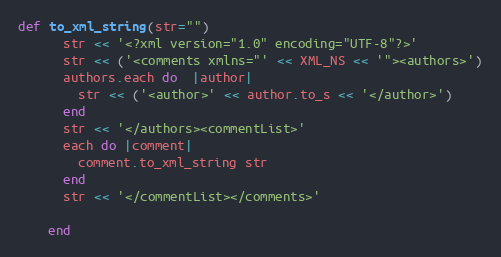
Language: Ruby
def to_xml_string(str="")
      str << '<?xml version="1.0" encoding="UTF-8"?>'
      str << ('<comments xmlns="' << XML_NS << '"><authors>')
      authors.each do  |author|
        str << ('<author>' << author.to_s << '</author>')
      end
      str << '</authors><commentList>'
      each do |comment|
        comment.to_xml_string str
      end
      str << '</commentList></comments>'

    end